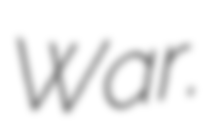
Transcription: War.